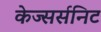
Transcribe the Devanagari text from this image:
केज्सर्सनिट